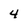
Character: 4